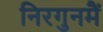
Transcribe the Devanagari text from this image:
निरगुनमैं